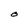
Character: O